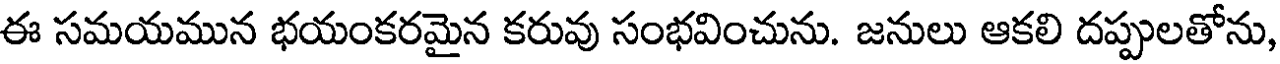
ఈ సమయమున భయంకరమైన కరువు సంభవించును. జనులు ఆకలి దప్పులతోను,